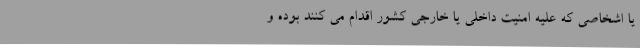
یا اشخاصی که علیه امنیت داخلی یا خارجی کشور اقدام می ‌کنند بوده و